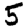
Digit: 5